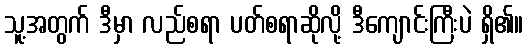
သူ့အတွက် ဒီမှာ လည်စရာ ပတ်စရာဆိုလို့ ဒီကျောင်းကြီးပဲ ရှိ၏။